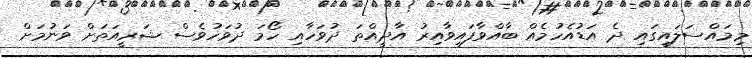
މިމައްސަލައިގައި ދެ އަޑުއެހުމެއް ބާއްވާފައިވާއިރު އާދީއްތަ ދުވަހާއި ހޯމަ ދުވަހުވެސް ޝަރީއަތަށް ވަނުމަށް